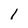
Character: l